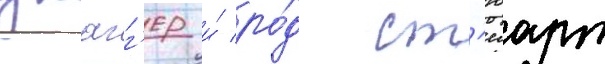
джагг'ер и́ ро́д ст'юарт